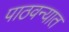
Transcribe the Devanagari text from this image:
पाठवन्यात